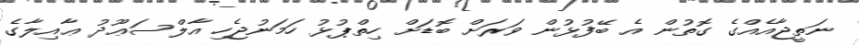
ނަތީޖާއެއްގެ ގޮތުން އެ ބޭފުޅުން ވަރަށް ބޮޑަށް ހިތްޕުޅު ހަމަނުޖެހި އާލްސަޢޫދު ޢާއިލާގެ